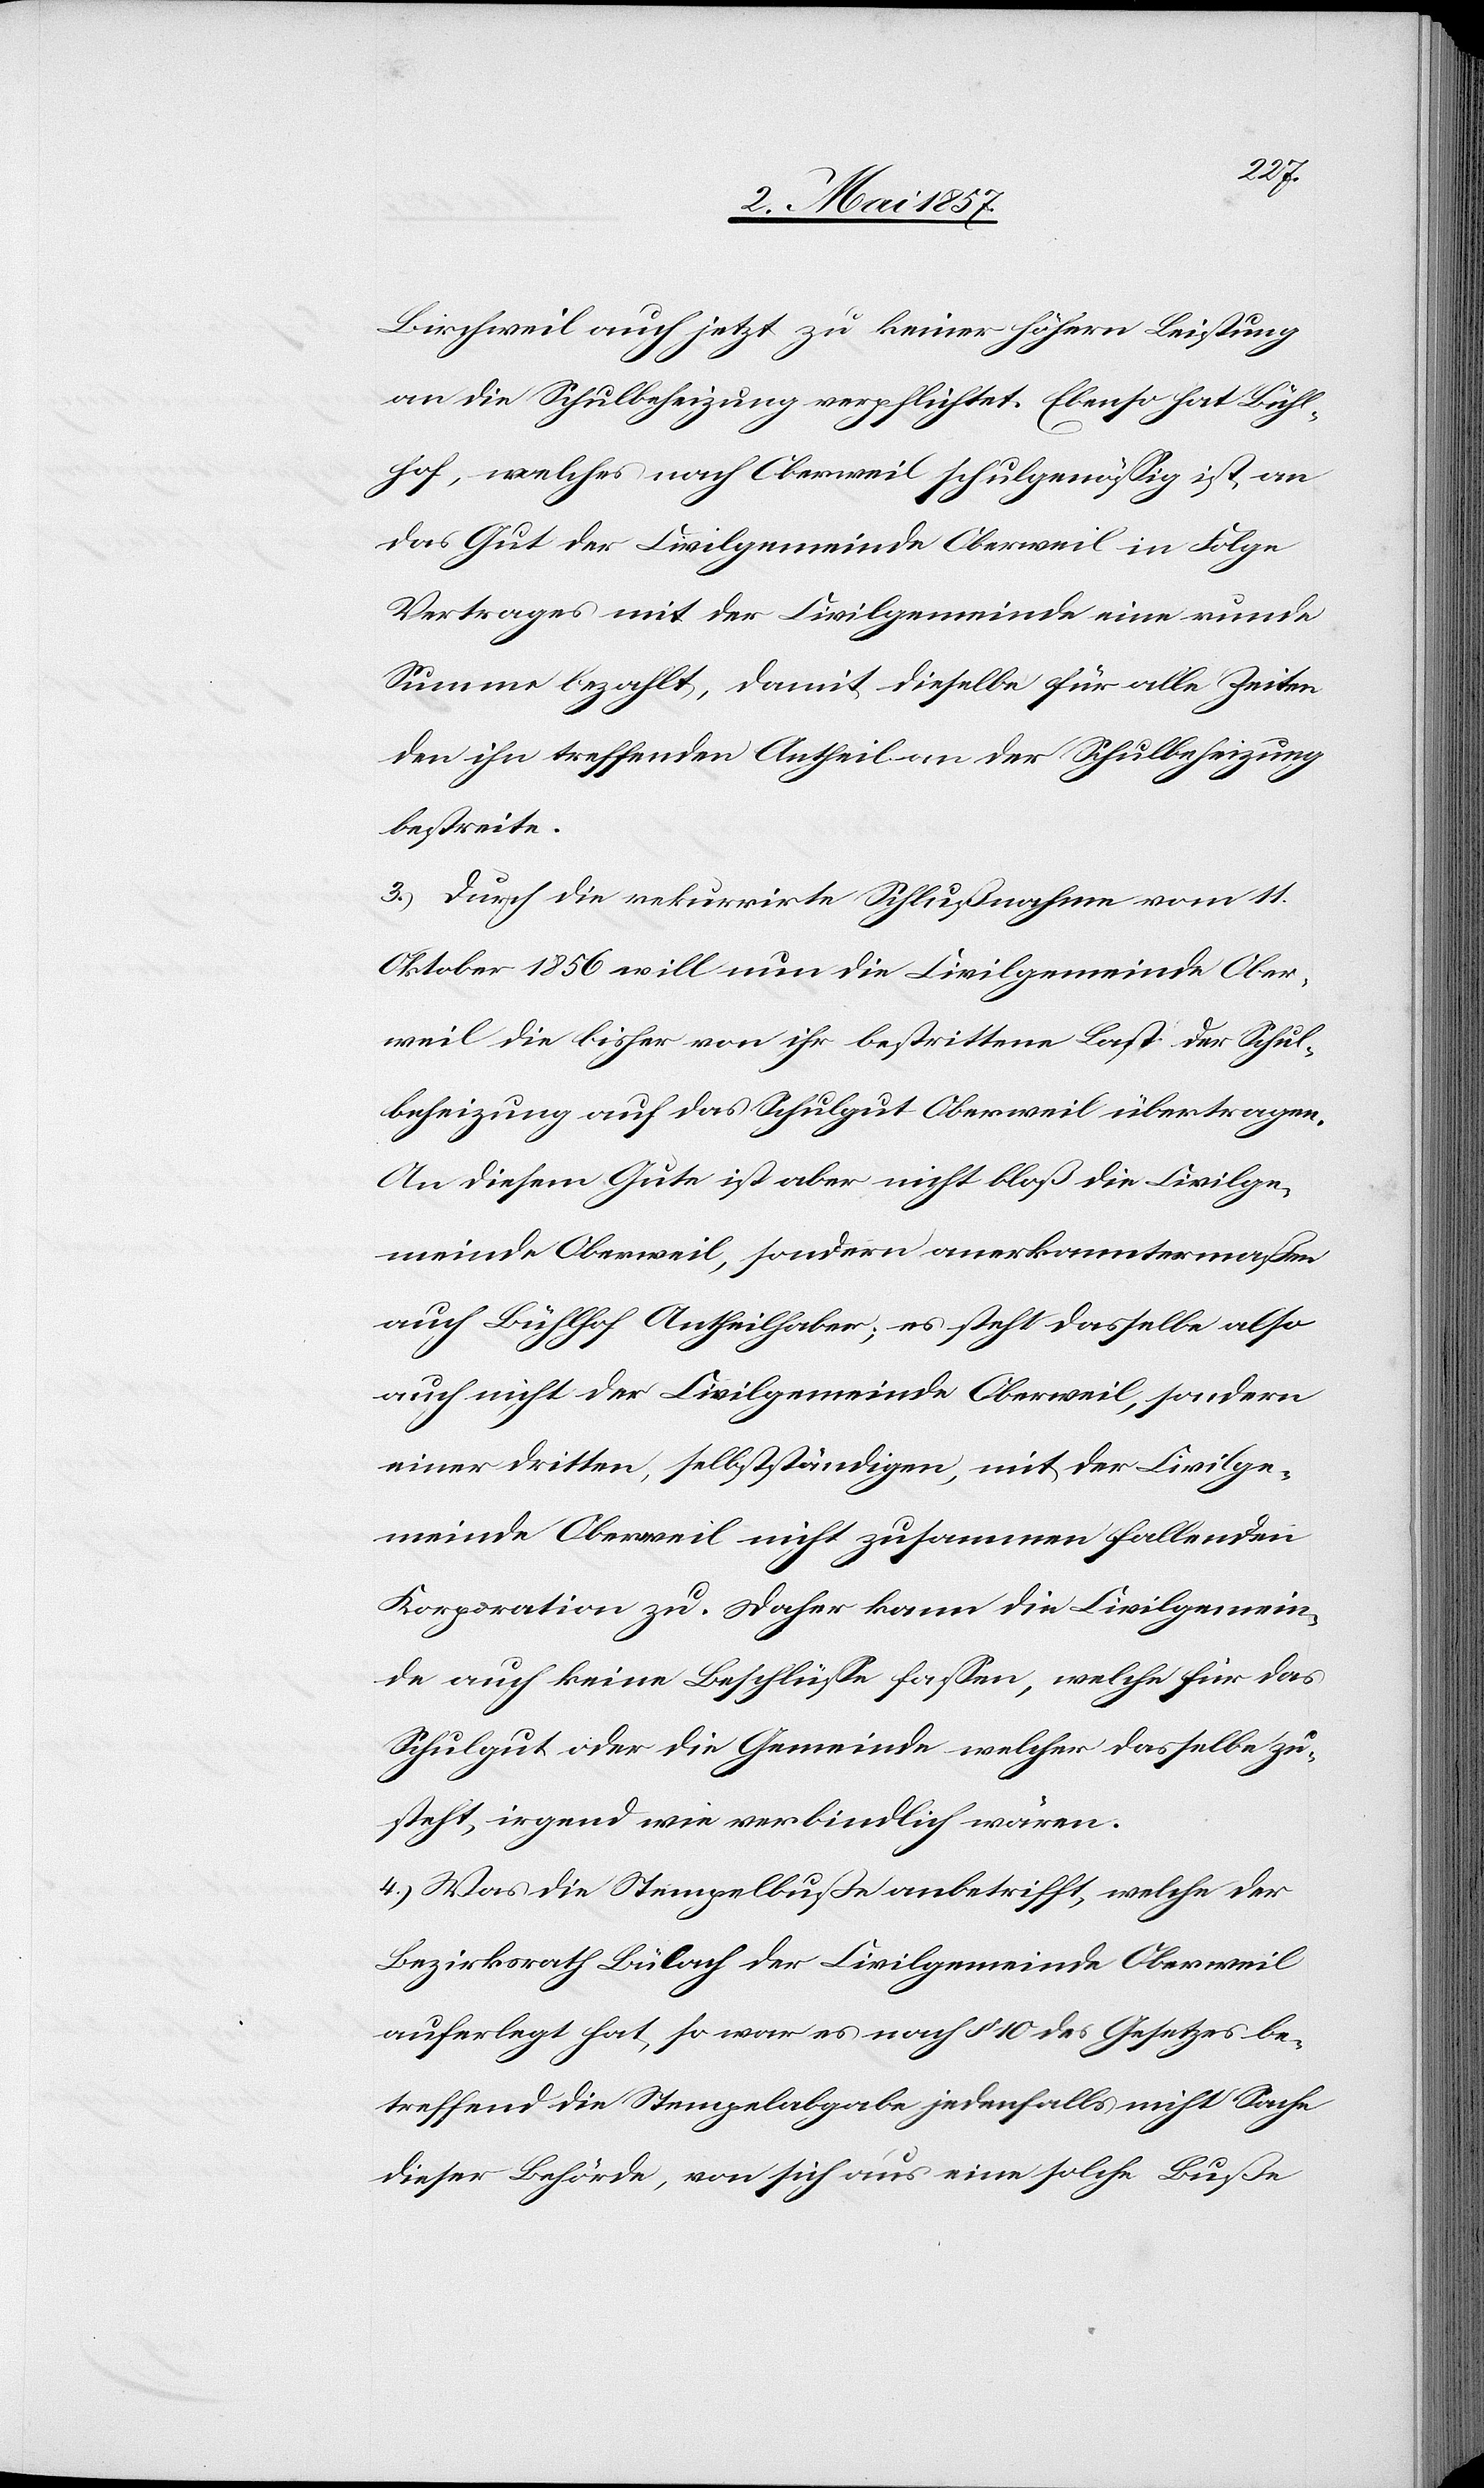
Birchweil auch jetzt zu keiner höhern Leistung
an die Schulbeheizung verpflichtet. Ebenso hat Bühl¬
hof, welches nach Oberweil schulgenößig ist, an
das Gut der Civilgemeinde Oberweil in Folge
Vertrages mit der Civilgemeinde eine runde
Summe bezahlt, damit dieselbe für alle Zeiten
den ihn betreffenden Antheil an der Schulbeheizung
bestreite.
3.) Durch die rekurrirte Schlußnahme vom 11
Oktober 1856 will nun die Civilgemeinde Ober¬
weil die bisher von ihr bestrittene Last der Schul¬
beheizung auf das Schulgut Oberweil übertragen.
An diesem Gute ist aber nicht bloß die Civilge¬
meinde Oberweil, sondern anerkanntermaßen
auch Bühlhof Antheilhaber; es steht dasselbe also
auch nicht der Civilgemeinde Oberweil, sondern
einer dritten, selbstständigen, mit der Civilge¬
meinde Oberweil nicht zusammen fallenden
Korporation zu. Daher kann die Civilgemein¬
de auch keine Beschlüsse fassen, welche für das
Schulgut oder die Gemeinde welcher dasselbe zu¬
steht, irgend wie verbindlich wären.
4.) Was die Stempelbuße anbetrifft, welche der
Bezirksrath Bülach der Civilgemeinde Oberweil
auferlegt hat, so war es nach § 10 des Gesetzes be¬
treffend die Stempelabgabe jedenfalls nicht Sache
dieser Behörde, von sich aus eine solche Buße